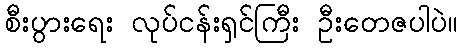
စီးပွားရေး လုပ်ငန်းရှင်ကြီး ဦးတေဇပါပဲ။